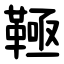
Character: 䩯